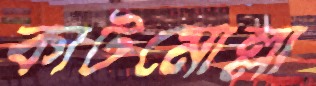
কাটমোল্লা